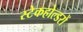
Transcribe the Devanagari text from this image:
स्टेकहोल्डरों